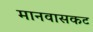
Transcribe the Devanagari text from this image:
मानवासकट